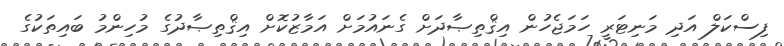
ފިސްކަލް އަދި މަނިޓަރީ ހަމަޖެހުން އިޤްތިޞާދަށް ގެނައުމަށް އަމާޒުކޮށް އިޤްތިޞާދުގެ މުހިންމު ބައިތަކުގެ